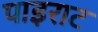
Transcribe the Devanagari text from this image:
पाइराट